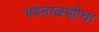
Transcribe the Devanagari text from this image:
पडताळणीचा